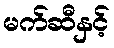
မက်ဆီနှင့်